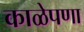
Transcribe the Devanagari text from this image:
काळेपणा